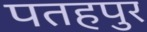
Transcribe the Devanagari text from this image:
पतहपुर